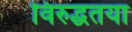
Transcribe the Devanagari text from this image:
विरुद्धतया